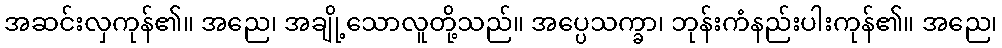
အဆင်းလှကုန်၏။ အညေ၊ အချို့သောလူတို့သည်။ အပ္ပေသက္ခာ၊ ဘုန်းကံနည်းပါးကုန်၏။ အညေ၊